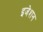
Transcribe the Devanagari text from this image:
इजेशन